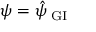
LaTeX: \psi = \hat { \psi } _ { \mathrm { \scriptsize ~ G I } }